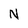
Character: N